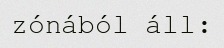
zónából áll: